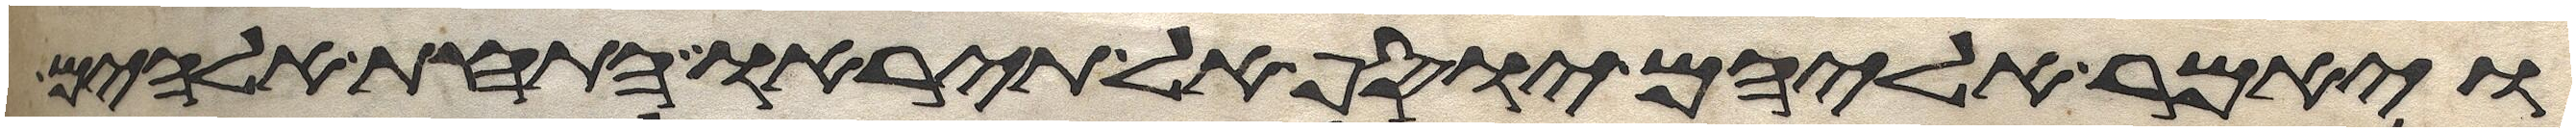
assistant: ויאמר אליהם יוסף אל תיראו התחת אלהים